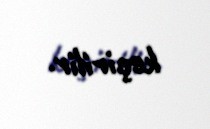
keçirilir.